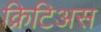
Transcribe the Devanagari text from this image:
क्रिटिअस